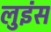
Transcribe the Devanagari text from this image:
लुइंस